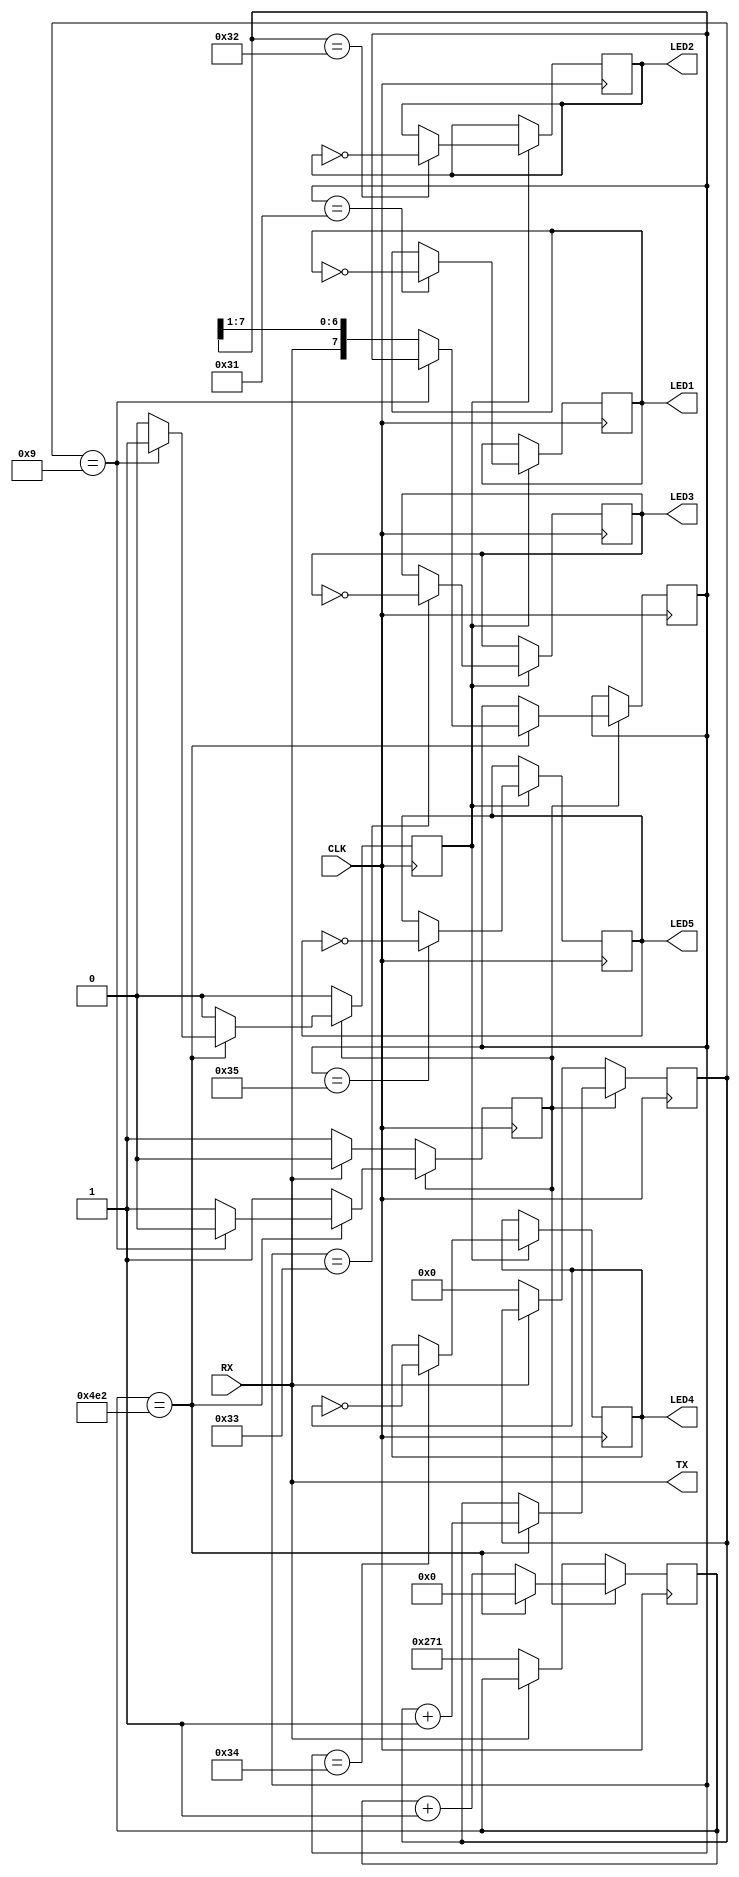
module top (
	input  CLK,
	input  RX,
	output TX,
	output reg LED1,
	output reg LED2,
	output reg LED3,
	output reg LED4,
	output reg LED5
);
	parameter integer BAUD_RATE = 9600;
	parameter integer CLOCK_FREQ_HZ = 12000000;
	localparam integer HALF_PERIOD = CLOCK_FREQ_HZ / (2 * BAUD_RATE);

	reg [7:0] buffer;
	reg buffer_valid;

	reg [$clog2(3*HALF_PERIOD):0] cycle_cnt;
	reg [3:0] bit_cnt = 0;
	reg recv = 0;

	initial begin
		LED1 = 0;
		LED2 = 0;
		LED3 = 0;
		LED4 = 0;
		LED5 = 0;
	end

	always @(posedge CLK) begin
		buffer_valid <= 0;
		if (!recv) begin
			if (!RX) begin
				cycle_cnt <= HALF_PERIOD;
				bit_cnt <= 0;
				recv <= 1;
			end
		end else begin
			if (cycle_cnt == 2*HALF_PERIOD) begin
				cycle_cnt <= 0;
				bit_cnt <= bit_cnt + 1;
				if (bit_cnt == 9) begin
					buffer_valid <= 1;
					recv <= 0;
				end else begin
					buffer <= {RX, buffer[7:1]};
				end
			end else begin
				cycle_cnt <= cycle_cnt + 1;
			end
		end
	end

	always @(posedge CLK) begin
		if (buffer_valid) begin
			if (buffer == "1") LED1 <= !LED1;
			if (buffer == "2") LED2 <= !LED2;
			if (buffer == "3") LED3 <= !LED3;
			if (buffer == "4") LED4 <= !LED4;
			if (buffer == "5") LED5 <= !LED5;
		end
	end

	assign TX = RX;
endmodule